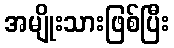
အမျိုးသားဖြစ်ပြီး